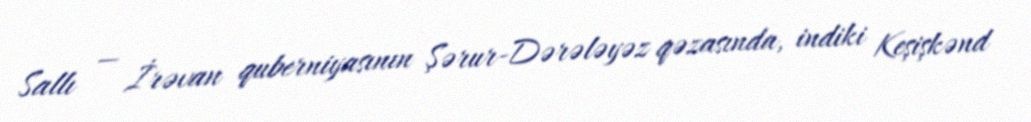
Sallı — İrəvan quberniyasının Şərur-Dərələyəz qəzasında, indiki Keşişkənd